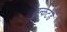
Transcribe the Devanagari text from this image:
ट्रन्केटेड